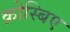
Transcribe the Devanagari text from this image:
क्रोस्बिए